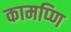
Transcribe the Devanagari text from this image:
कामप्णि